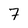
Character: 7